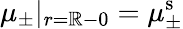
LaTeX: \mu_{\pm}|_{r=\mathbb{R}-0}=\mu_{\pm}^{\mathrm{{s}}}